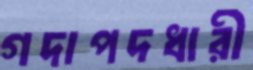
গদাপদধারী